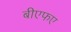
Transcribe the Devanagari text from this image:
बीएफए